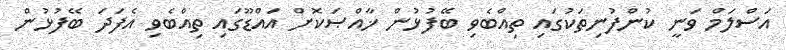
އަސްލަމް ވަނީ ކުންފުނިތަކުގައި ތިއްބެވި ބޭފުޅުން ޚާއްޞަކޮށް އައްޑޫގައި ތިއްބެވި އެފަދަ ބޭފުޅުން